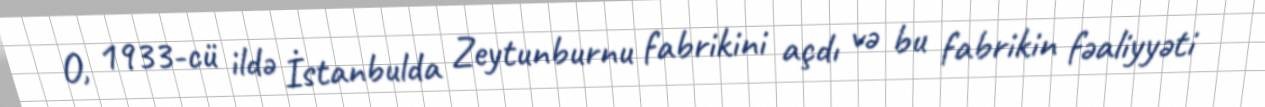
O, 1933-cü ildə İstanbulda Zeytunburnu fabrikini açdı və bu fabrikin fəaliyyəti